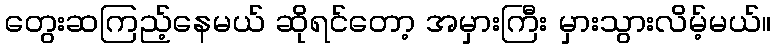
တွေးဆကြည့်နေမယ် ဆိုရင်တော့ အမှားကြီး မှားသွားလိမ့်မယ်။